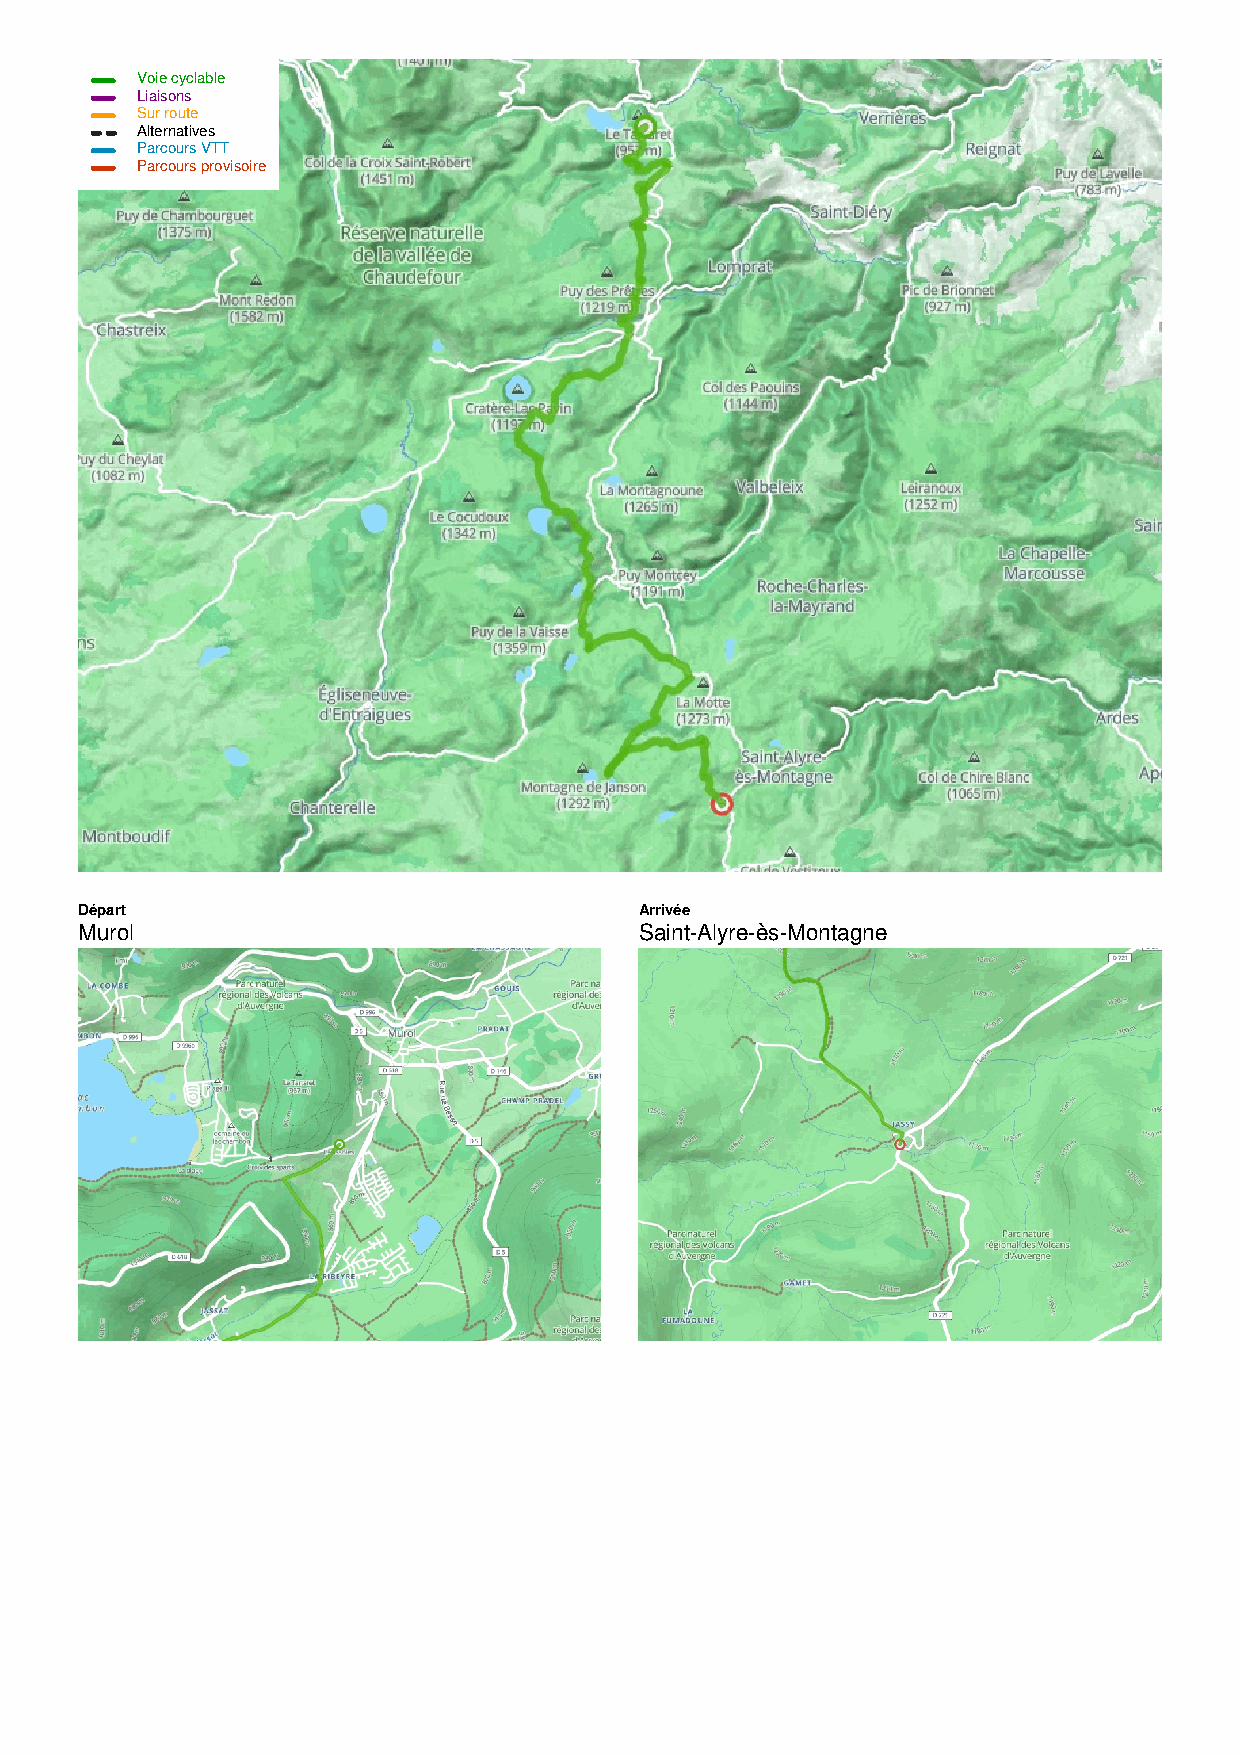
Voie cyclable
 Liaisons
 Sur route
 Alternatives
 Parcours VTT
 Parcours provisoire
 Départ                               Arrivée
 Murol                                Saint-Alyre-ès-Montagne